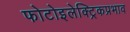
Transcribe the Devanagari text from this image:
फोटोइलेक्ट्रिकप्रभाव